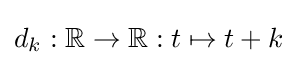
d_{k}:\mathbb {R} \rightarrow \mathbb {R} :t\mapsto t+k